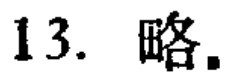
13. 略.